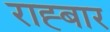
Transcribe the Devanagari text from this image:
राह्बार